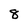
Character: 8